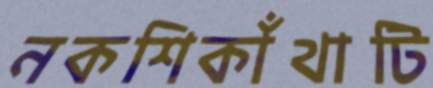
নকশিকাঁথাটি